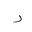
Letter: _ra